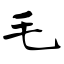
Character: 毛